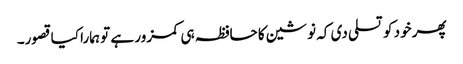
پھر خود کو تسلی دی کہ نوشین کا حافظہ ہی کمزور ہے تو ہمارا کیا قصور۔